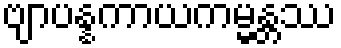
ဗျာပန္နကာယကမ္မန္တဿ